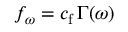
f _ { \omega } = c _ { \mathrm { f } } \, \Gamma ( \omega )